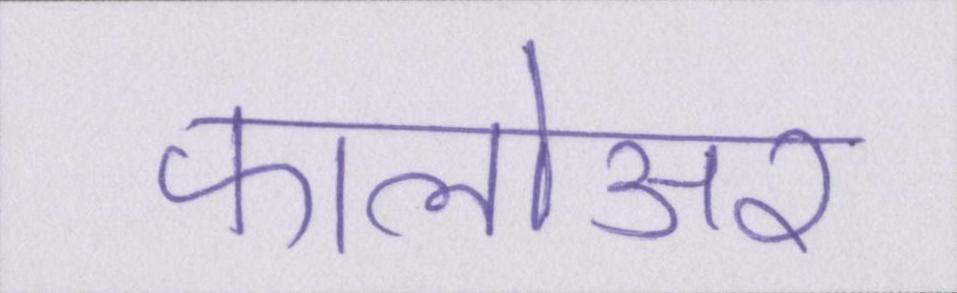
फालोअर